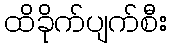
ထိခိုက်ပျက်စီး